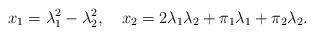
LaTeX: \begin{align*}x_{1}=\lambda_{1}^{2}-\lambda_{2}^{2},~~~x_{2}=2\lambda_{1}\lambda_{2}+\pi_{1}\lambda_{1}+\pi_{2}\lambda_{2}.\end{align*}